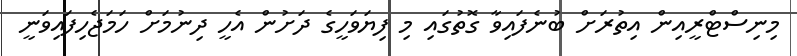
މިނިސްޓްރީއިން އިތުރަށް ބުނެފައިވާ ގޮތުގައި މި ފިޔަވަހީގެ ދަށުން އެހީ ދިނުމަށް ހަމަޖެހިފައިވަނީ